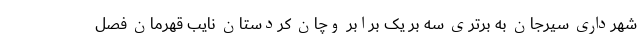
شهرداری سیرجان به برتری سه بر یک برابر وچان کردستان نایب قهرمان فصل